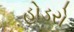
હોડરો